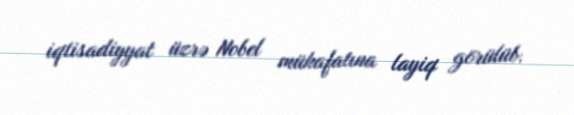
iqtisadiyyat üzrə Nobel mükafatına layiq görülüb.